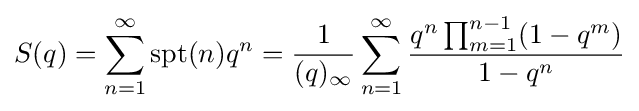
S(q)=\sum _{n=1}^{\infty }\mathrm {spt} (n)q^{n}={\frac {1}{(q)_{\infty }}}\sum _{n=1}^{\infty }{\frac {q^{n}\prod _{m=1}^{n-1}(1-q^{m})}{1-q^{n}}}